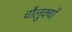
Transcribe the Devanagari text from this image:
चौलुक्यों